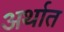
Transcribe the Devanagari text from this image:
अर्थात